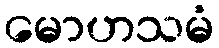
မောဟသမံ